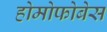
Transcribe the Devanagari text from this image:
होमोफोबेस